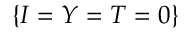
\{ I = Y = T = 0 \}